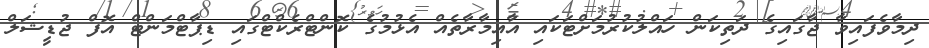
ދިމާވެފައިވާ ޖާގައިގެ ދަތިކަން ހައްލުކުރުމަށްޓަކައި އާއިމާރާތެއް އެޅުމުގެ ކޮންޓްރެކްޓްގައި ޑިޕާޓްމަންޓް އޮފް ޖުޑީޝަލް